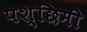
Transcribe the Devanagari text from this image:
पश्छिमी